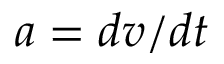
\boldsymbol { a } = d \boldsymbol { v } / d t